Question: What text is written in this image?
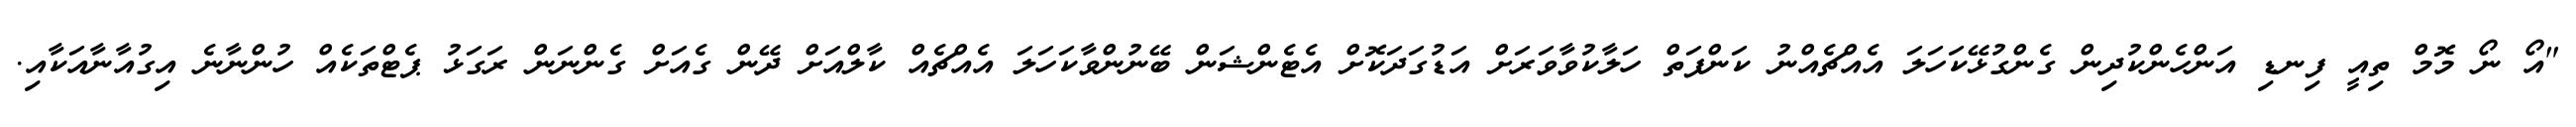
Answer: "އޯ ނޯ މޮމް ތިއީ ފިނޑި އަންހެންކުދިން ގެންގުޅޭކަހަލަ އެއްޗެއްނު ކަންފަތް ހަލާކުވާވަރަށް އަޑުގަދަކޮށް އެޓެންޝަން ބޭނުންވާކަހަލަ އެއްޗެއް ކާލްއަށް ދޭން ގެއަށް ގެންނަން ރަގަޅު ޕެޓްތަކެއް ހުންނާނެ އިގުއާނާއަކާއި.